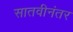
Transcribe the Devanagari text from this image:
सातवीनंतर